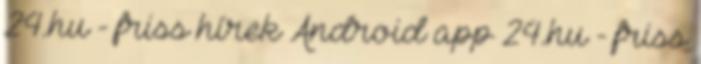
24.hu - friss hírek Android app 24.hu - friss